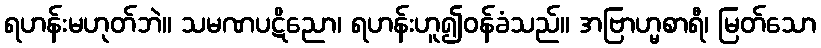
ရဟန်းမဟုတ်ဘဲ။ သမဏပဋိညော၊ ရဟန်းဟူ၍ဝန်ခံသည်။ အဗြာဟ္မစာရီ၊ မြတ်သော